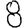
Digit: 8